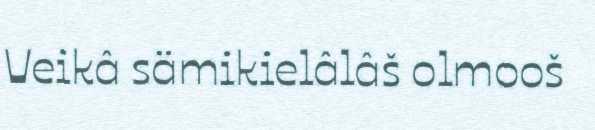
Veikâ sämikielâlâš olmooš